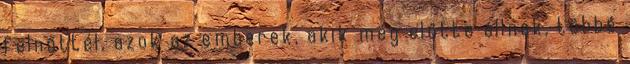
felnőttél, azok az emberek, akik még előtte állnak, többé